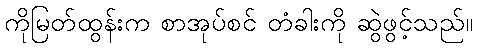
ကိုမြတ်ထွန်းက စာအုပ်စင် တံခါးကို ဆွဲဖွင့်သည်။